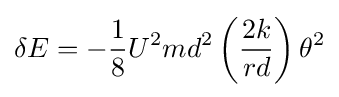
\delta E=-{\frac {1}{8}}U^{2}md^{2}\left({\frac {2k}{rd}}\right)\theta ^{2}